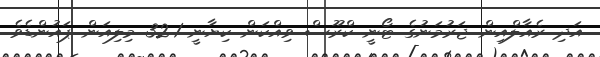
އަދި ރެއާލްއިން ޖަރުމަނުގެ ޓޯނީ ކްރޫސް ވިއްކަން ކިޔާނީ 32.1 މިލިއަން ޕައުންޑެވެ.